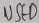
Text: USFO